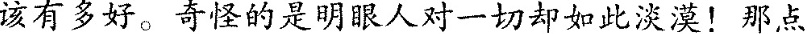
该有多好。奇怪的是明眼人对一切却如此淡漠！那点